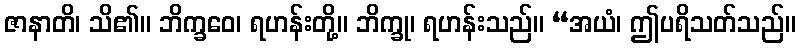
ဇာနာတိ၊ သိ၏။ ဘိက္ခဝေ၊ ရဟန်းတို့။ ဘိက္ခု၊ ရဟန်းသည်။ “အယံ၊ ဤပရိသတ်သည်။